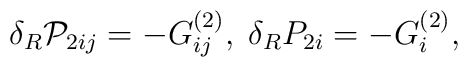
\delta _R{\cal P}_{2ij}=-G_{ij}^{(2)},\;\delta_RP_{2i}=-G_i^{(2)},